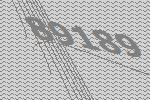
89189